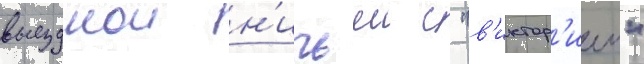
выезднои н'ичьеи с "в'иктор'иеи"